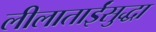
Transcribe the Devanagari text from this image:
लीलाताईंसुद्धा